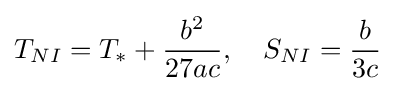
T_{NI}=T_{*}+{\frac {b^{2}}{27ac}},\quad S_{NI}={\frac {b}{3c}}